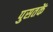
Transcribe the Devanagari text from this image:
पुसतकें